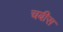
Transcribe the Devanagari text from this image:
चबीस